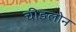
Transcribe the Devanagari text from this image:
चीङलोन